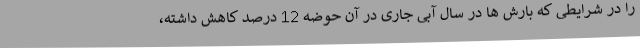
را در شرایطی که بارش ها در سال آبی جاری در آن حوضه 12 درصد کاهش داشته،